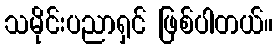
သမိုင်းပညာရှင် ဖြစ်ပါတယ်။